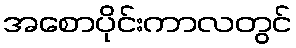
အစောပိုင်းကာလတွင်